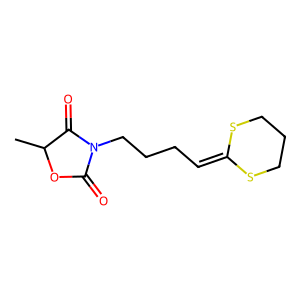
SMILES: CC1OC(=O)N(CCCC=C2SCCCS2)C1=O
Inhibits HIV replication: No